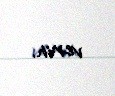
verin.